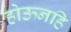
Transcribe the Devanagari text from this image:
होऊनहि